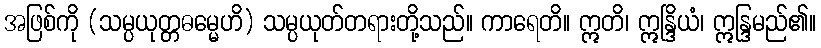
အဖြစ်ကို (သမ္ပယုတ္တဓမ္မေဟိ) သမ္ပယုတ်တရားတို့သည်။ ကာရေတိ။ ဣတိ၊ ဣန္ဒြိယံ၊ ဣန္ဒြမည်၏။